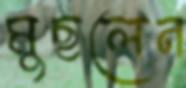
মুছলেন